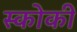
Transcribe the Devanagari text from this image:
स्कोकी